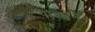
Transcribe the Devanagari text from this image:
पाल्मेने